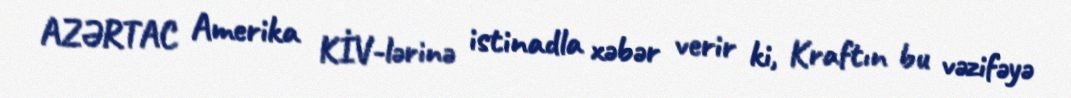
AZƏRTAC Amerika KİV-lərinə istinadla xəbər verir ki, Kraftın bu vəzifəyə